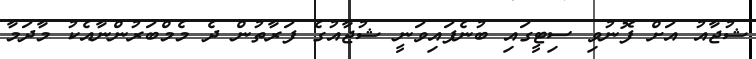
ޝުޖާއު އަށް ފޮނުވި ސިޓީގައި ބުނެފައިވަނީ ޝުޖާއުގެ ފަރާތުން ދެ މެމްބަރުންނާއެކު މާދަމާ